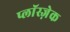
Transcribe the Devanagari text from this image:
प्लाॅस्ज़ेक